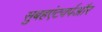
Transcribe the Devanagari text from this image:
सुबहएंटवर्पऔर